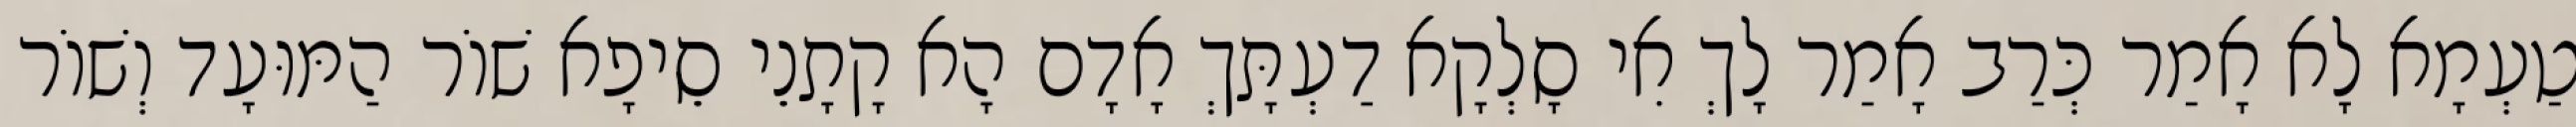
טַעְמָא לָא אָמַר כְּרַב אָמַר לָךְ אִי סָלְקָא דַעְתָּךְ אָדָם הָא קָתָנֵי סֵיפָא שׁוֹר הַמּוּעָד וְשׁוֹר